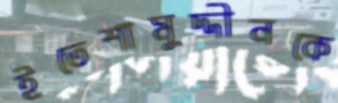
ইতেশামুদ্দীনকে